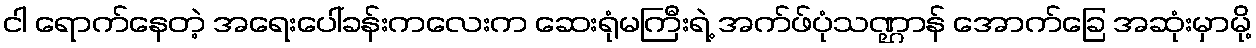
ငါ ရောက်နေတဲ့ အရေးပေါ်ခန်းကလေးက ဆေးရုံမကြီးရဲ့ အက်ဖ်ပုံသဏ္ဌာန် အောက်ခြေ အဆုံးမှာမို့